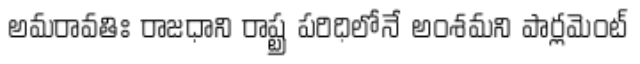
అమరావతిః రాజధాని రాష్ట్ర పరిధిలోనే అంశమని పార్లమెంట్